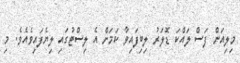
މިލިއަން ފަސް ލައްކަ ޑޮލަރު ލިބިފައިވާ ކަމަށް އެ ލިސްޓުގައި ލިޔެފައިވެއެވެ. މި